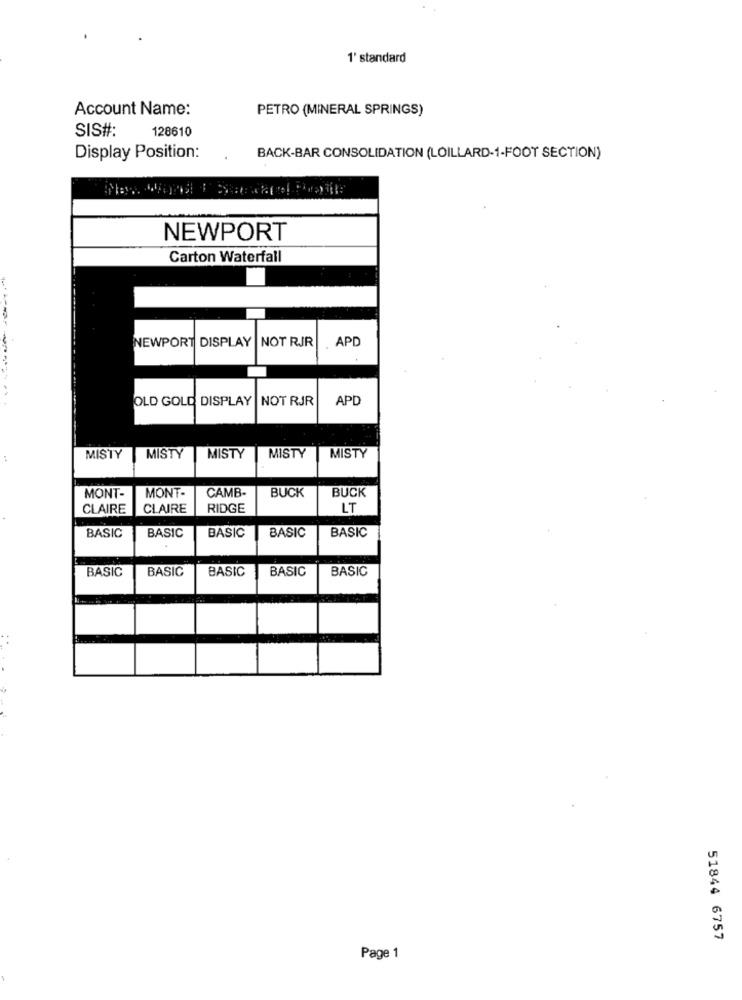
1' standard
Account Name:
PETRO (MINERAL SPRINGS)
SIS#:
128610
Display Position:
BACK-BAR CONSOLIDATION (LOILLARD-1-FOOT SECTION)
NEWPORT
Carton Waterfall
----
NEWPORT
DISPLAY
NOT RJR
APD
-----
OLD GOLD DISPLAY
NOT RJR
APD
MISTY MISTY
MISTY
MISTY
MISTY
CAMB-
BUCK
BUCK
MONT-
MONT-
CLAIRE
CLAIRE
RIDGE
LT
BASIC
BASIC
BASIC
BASIC
BASIC
BASIC
BASIC
BASIC
BASIC
BASIC
51844 6757
Page 1